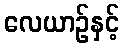
လေယာဉ်နှင့်